Annual administration report of the Civil Veterinary Department of India - 1892-1893
Year: 1892
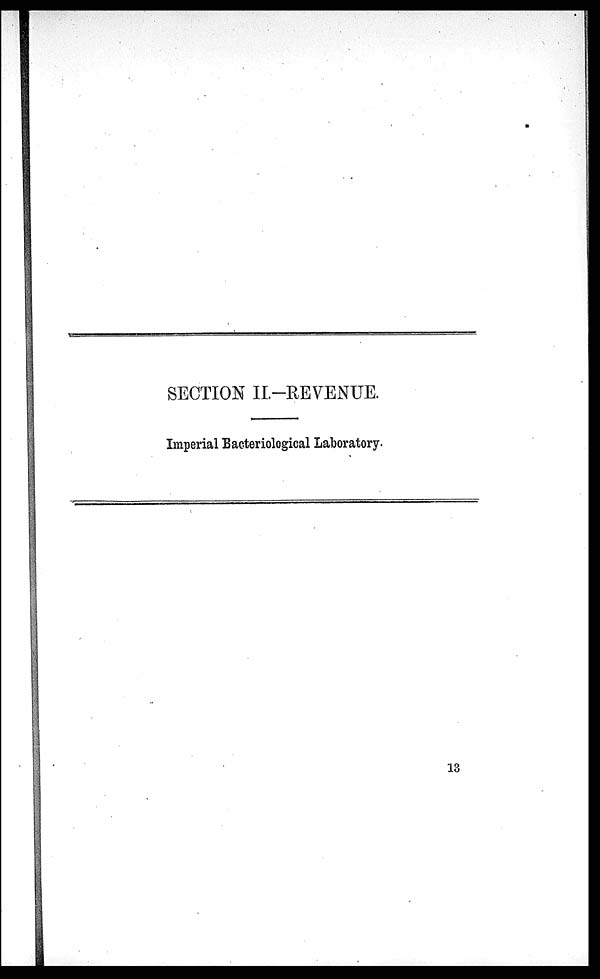
SECTION II.-REVENUE.
Imperial Bacteriological Laboratory.
13